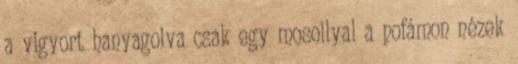
a vigyort hanyagolva csak egy mosollyal a pofámon nézek